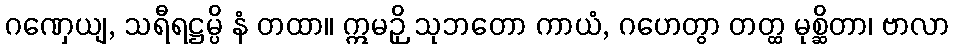
ဂဏှေယျ, သရီရဋ္ဌမ္ပိ နံ တထာ။ ဣမဉှိ သုဘတော ကာယံ, ဂဟေတွာ တတ္ထ မုစ္ဆိတာ၊ ဗာလာ